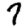
Digit: 7